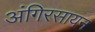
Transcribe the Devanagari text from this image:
अंगिरसायन